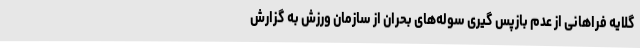
گلایه فراهانی از عدم بازپس گیری سوله‌های بحران از سازمان ورزش به گزارش